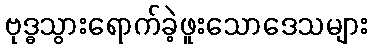
ဗုဒ္ဓသွားရောက်ခဲ့ဖူးသောဒေသများ